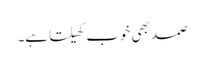
صمد بھی خوب کھیلتا ہے۔